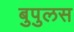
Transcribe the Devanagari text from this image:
बुपुलस